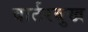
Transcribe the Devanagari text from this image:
वार्टरबुख